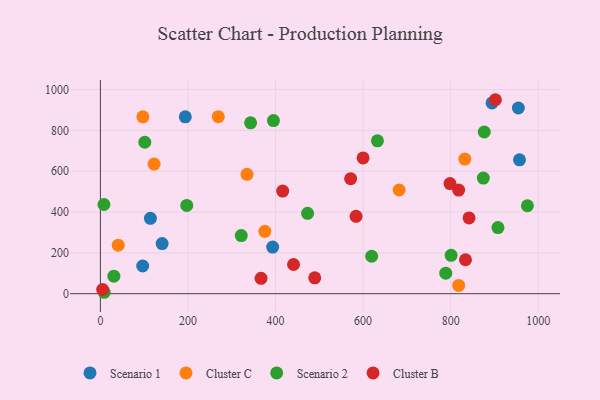
{"axis": {"x": "Price", "y": "Salary"}, "legend": ["Cluster B", "Cluster C", "Scenario 1", "Scenario 2"], "data": [{"x": "393.4", "y": 228.4, "type": "Scenario 1"}, {"x": "193.9", "y": 866.6, "type": "Scenario 1"}, {"x": "96.6", "y": 135.6, "type": "Scenario 1"}, {"x": "954.5", "y": 909.7, "type": "Scenario 1"}, {"x": "141.0", "y": 245.6, "type": "Scenario 1"}, {"x": "894.4", "y": 934.4, "type": "Scenario 1"}, {"x": "957.1", "y": 656.0, "type": "Scenario 1"}, {"x": "114.2", "y": 369.2, "type": "Scenario 1"}, {"x": "375.6", "y": 305.6, "type": "Cluster C"}, {"x": "334.8", "y": 584.8, "type": "Cluster C"}, {"x": "97.0", "y": 866.5, "type": "Cluster C"}, {"x": "269.3", "y": 867.0, "type": "Cluster C"}, {"x": "682.2", "y": 508.1, "type": "Cluster C"}, {"x": "818.2", "y": 40.7, "type": "Cluster C"}, {"x": "832.3", "y": 659.5, "type": "Cluster C"}, {"x": "40.8", "y": 237.5, "type": "Cluster C"}, {"x": "122.6", "y": 635.0, "type": "Cluster C"}, {"x": "788.7", "y": 100.6, "type": "Scenario 2"}, {"x": "30.8", "y": 86.0, "type": "Scenario 2"}, {"x": "907.9", "y": 323.7, "type": "Scenario 2"}, {"x": "101.4", "y": 742.0, "type": "Scenario 2"}, {"x": "632.7", "y": 748.7, "type": "Scenario 2"}, {"x": "8.1", "y": 437.0, "type": "Scenario 2"}, {"x": "473.1", "y": 393.6, "type": "Scenario 2"}, {"x": "876.6", "y": 792.0, "type": "Scenario 2"}, {"x": "619.5", "y": 183.4, "type": "Scenario 2"}, {"x": "8.7", "y": 7.0, "type": "Scenario 2"}, {"x": "874.5", "y": 566.5, "type": "Scenario 2"}, {"x": "395.2", "y": 848.1, "type": "Scenario 2"}, {"x": "975.1", "y": 430.9, "type": "Scenario 2"}, {"x": "321.7", "y": 284.5, "type": "Scenario 2"}, {"x": "800.9", "y": 188.1, "type": "Scenario 2"}, {"x": "197.2", "y": 432.6, "type": "Scenario 2"}, {"x": "343.0", "y": 836.9, "type": "Scenario 2"}, {"x": "571.5", "y": 563.3, "type": "Cluster B"}, {"x": "599.9", "y": 664.9, "type": "Cluster B"}, {"x": "489.5", "y": 77.9, "type": "Cluster B"}, {"x": "416.3", "y": 502.7, "type": "Cluster B"}, {"x": "441.1", "y": 143.1, "type": "Cluster B"}, {"x": "902.1", "y": 950.2, "type": "Cluster B"}, {"x": "366.9", "y": 75.4, "type": "Cluster B"}, {"x": "583.9", "y": 379.0, "type": "Cluster B"}, {"x": "5.1", "y": 20.7, "type": "Cluster B"}, {"x": "833.8", "y": 166.4, "type": "Cluster B"}, {"x": "841.9", "y": 371.3, "type": "Cluster B"}, {"x": "798.4", "y": 539.7, "type": "Cluster B"}, {"x": "818.1", "y": 507.6, "type": "Cluster B"}]}